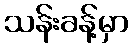
သန်းခန့်မှာ